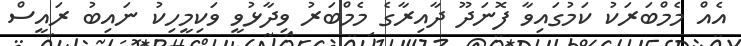
އެއް މެމްބަރަކު ކަމުގައިވާ ފޮނަދޫ ދާއިރާގެ މެމްބަރު ވިދާޅުވީ ވަކިމީހިކު ނައިބު ރައީސް